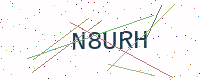
Text: N8URH